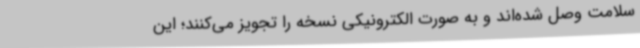
سلامت وصل شده‌اند و به صورت الکترونیکی نسخه را تجویز می‌کنند؛ این